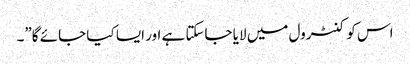
اس کو کنٹرول میں لایا جاسکتا ہے اور ایسا کیا جائے گا”۔